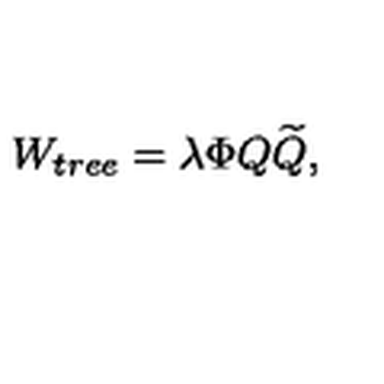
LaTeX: W _ { t r e e } = \lambda \Phi Q { \widetilde Q } ,